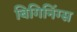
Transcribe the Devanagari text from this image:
बिगिनिंग्स